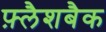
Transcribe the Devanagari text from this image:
फ़्लैशबैक